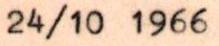
24/10 1966